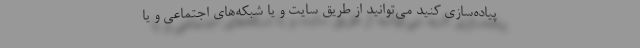
پیاده‌سازی کنید می‌توانید از طریق سایت و یا شبکه‌های اجتماعی و یا